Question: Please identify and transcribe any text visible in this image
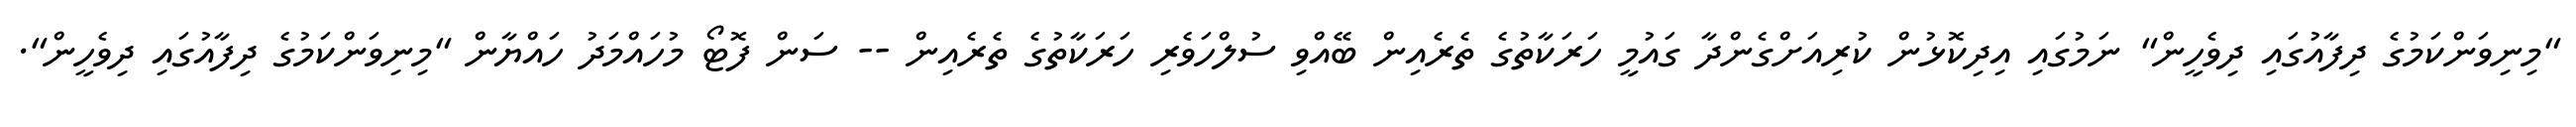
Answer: "މިނިވަންކަމުގެ ދިފާއުގައި ދިވެހީން" ނަމުގައި އިދިކޮޅުން ކުރިއަށްގެންދާ ގައުމީ ހަރަކާތުގެ ތެރެއިން ބޭއްވި ސުލްހަވެރި ހަރަކާތުގެ ތެރެއިން -- ސަން ފޮޓޯ މުހައްމަދު ހައްޔާން "މިނިވަންކަމުގެ ދިފާއުގައި ދިވެހީން".